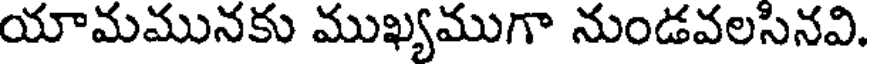
యామమునకు ముఖ్యముగా నుండవలసినవి.